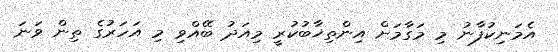
އެމަނިކުފާނު މި މަގާމަށް އިންތިޚާބުކުރީ މިއަދު ބޭއްވި މި އަހަރުގެ ތިން ވަނަ